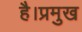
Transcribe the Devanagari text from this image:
है।प्रमुख